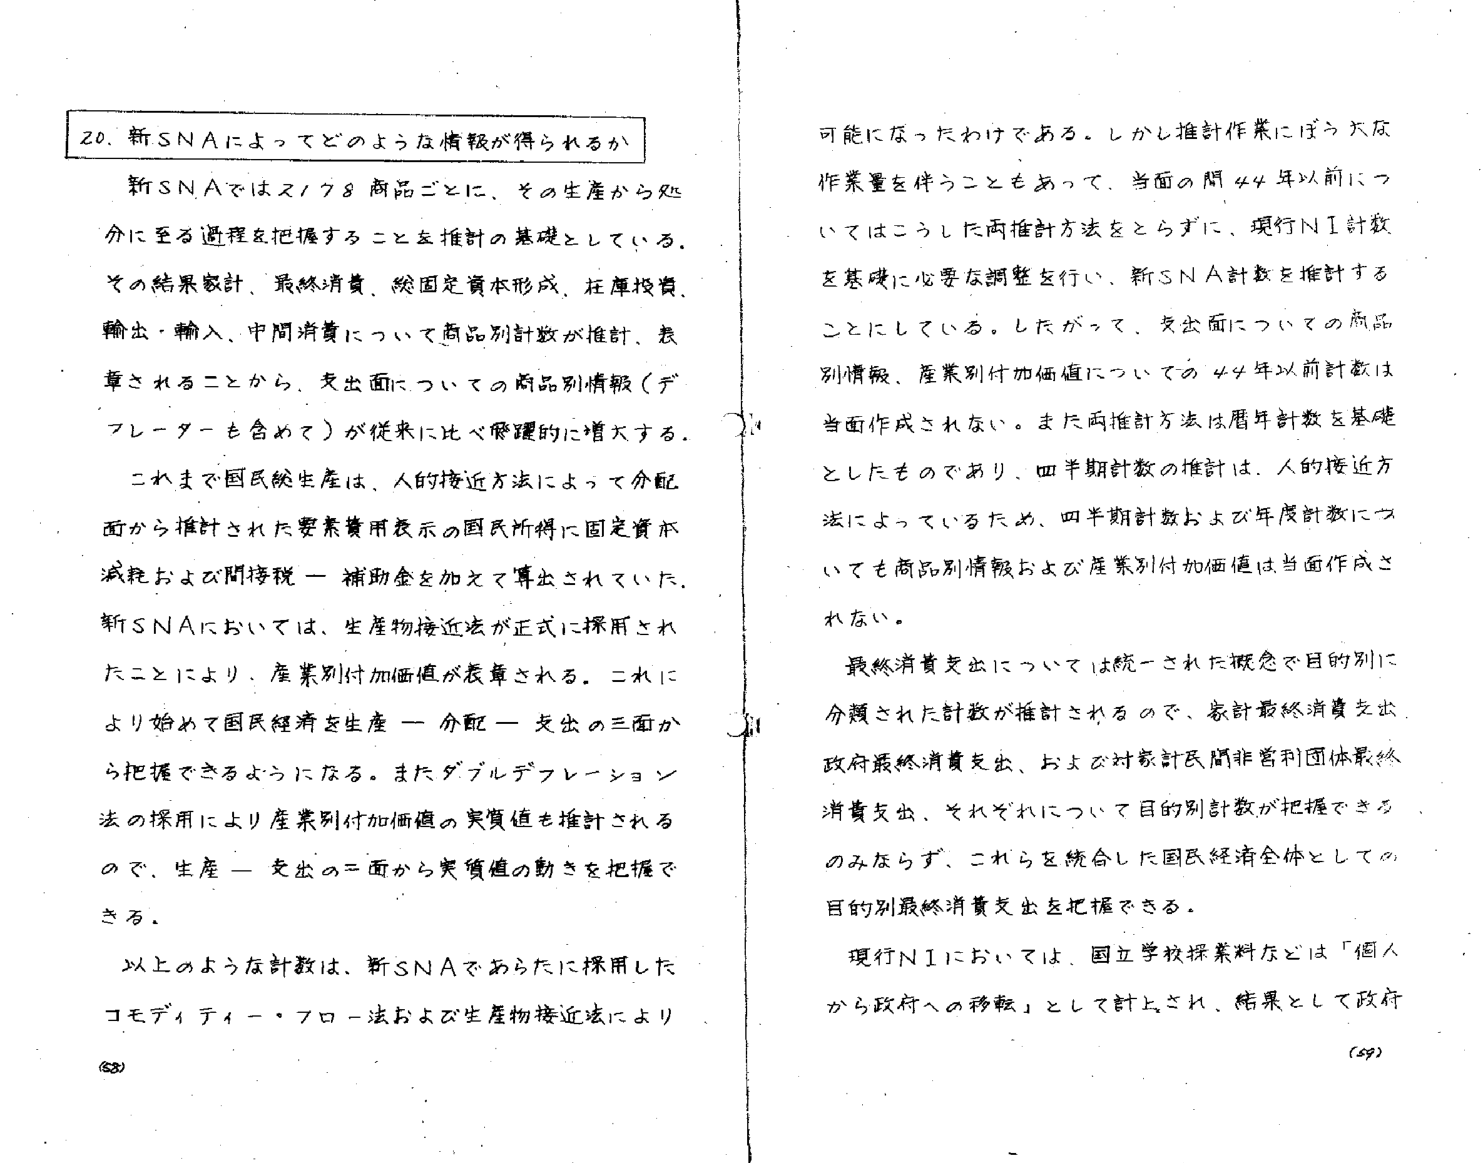
20. 新SNAによってどのような情報が得られるか

新SNAでは2178商品ごとに、その生産から処分に至る過程を把握することを推計の基礎としている。その結果家計、最終消費、総固定資本形成、在庫投資、輸出・輸入、中間消費について商品別計数が推計、表章されることから、支出面についての商品別情報（デフレーターを含めて）が従来に比べ飛躍的に増大する。

これまで国民総生産は、人的接近方法によって分配面から推計された要素費用表示の国民所得に固定資本減耗および間接税－補助金を加えて算出されていた。新SNAにおいては、生産物接近法が正式に採用されたことにより、産業別付加価値が表章される。これにより始めて国民経済を生産－分配－支出の三面から把握できるようになる。またダブルデフレーション法の採用により産業別付加価値の実質値も推計されるので、生産－支出の二面から実質値の動きを把握できる。

以上のような計数は、新SNAであらたに採用したコモディティー・フロー法および生産物接近法により

可能になったわけである。しかし推計作業にばら大な作業量を伴うこともあって、当面の間44年以前についてはこうした両推計方法をとらずに、現行NI計数を基礎に必要な調整を行い、新SNA計数を推計することにしている。したがって、支出面についての商品別情報、産業別付加価値についての44年以前計数は当面作成されない。また両推計方法は暦年計数を基礎としたものであり、四半期計数の推計は、人的接近方法によっているため、四半期計数および年度計数についても商品別情報および産業別付加価値は当面作成されない。

最終消費支出については統一された概念で目的別に分類された計数が推計されるので、家計最終消費支出、政府最終消費支出、および対家計民間非営利団体最終消費支出、それぞれについて目的別計数が把握できるのみならず、これらを統合した国民経済全体としての目的別最終消費支出を把握できる。

現行NIにおいては、国立学校採業料などは「個人から政府への移転」として計上され、結果として政府

(58)
(59)